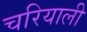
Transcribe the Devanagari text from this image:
चरियाली